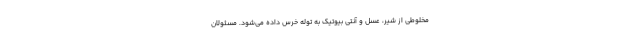
مخلوطی از شیر، عسل و آنتی بیوتیک به توله خرس داده می‌شود. مسئولان